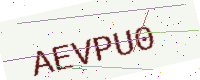
Text: AEVPU0